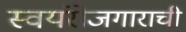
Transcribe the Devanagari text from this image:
स्वयंरोजगाराची